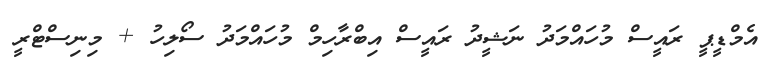
އެމްޑީޕީ ރައީސް މުހައްމަދު ނަޝީދު ރައީސް އިބްރާހިމް މުހައްމަދު ސޯލިހު + މިނިސްޓްރީ